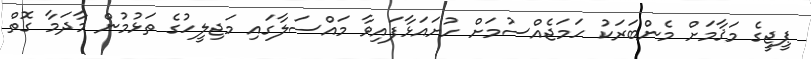
ޕީޖީގެ މަޤާމަށް މެންބަރަކު ހަމަޖެއްސުމަށް ހުށައަޅާފައިވާ މައްސަލާގައި މަޖިލީހުގެ ތަޅުމުން މާދަމާ ގޮތް